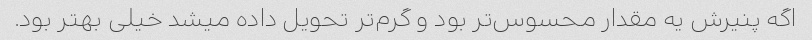
اگه پنیرش یه مقدار محسوس‌تر بود و گرم‌تر تحویل داده میشد خیلی بهتر بود.